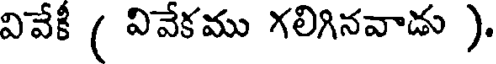
వివేకీ ( వివేకము గలిగినవాడు ).